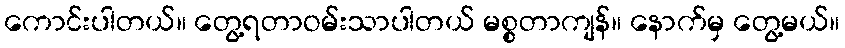
ကောင်းပါတယ်။ တွေ့ရတာဝမ်းသာပါတယ် မစ္စတာကျန်။ နောက်မှ တွေ့မယ်။